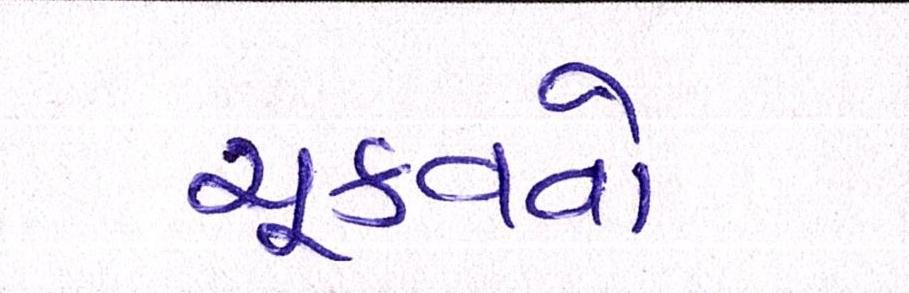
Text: ચૂકવવો